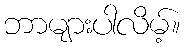
ဘာများပါလိမ့်။